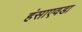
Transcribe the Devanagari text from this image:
हंसाएवडा